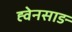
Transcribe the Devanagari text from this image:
ह्वेनसाङ